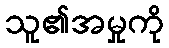
သူ၏အမှုကို